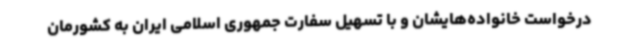
درخواست خانواده‌هایشان و با تسهیل سفارت جمهوری اسلامی ایران به کشورمان